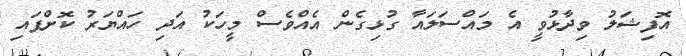
އޮފިޝަލު ވިދާޅުވީ އެ މައްސަލައާ ގުޅިގެން އެއްވެސް މީހަކު އަދި ހައްޔަރު ކޮށްފައި